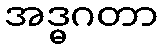
အဒ္ဓဂတာ